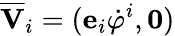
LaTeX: \overline{{\mathbf{V}}}_{i}=(\mathbf{e}_{i}\dot{\varphi}^{i},\mathbf{0})